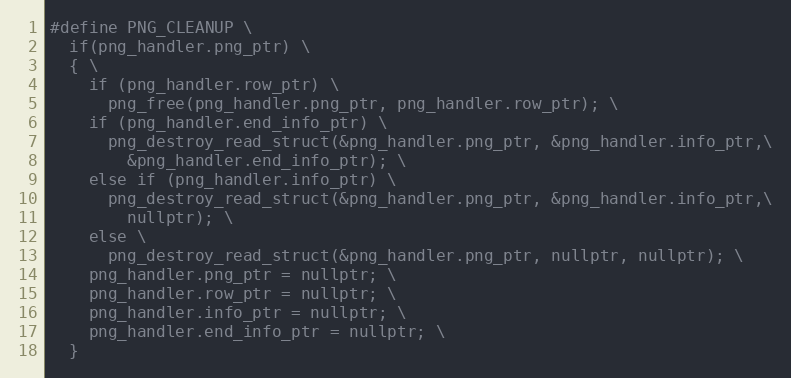
Language: C++
#define PNG_CLEANUP \
  if(png_handler.png_ptr) \
  { \
    if (png_handler.row_ptr) \
      png_free(png_handler.png_ptr, png_handler.row_ptr); \
    if (png_handler.end_info_ptr) \
      png_destroy_read_struct(&png_handler.png_ptr, &png_handler.info_ptr,\
        &png_handler.end_info_ptr); \
    else if (png_handler.info_ptr) \
      png_destroy_read_struct(&png_handler.png_ptr, &png_handler.info_ptr,\
        nullptr); \
    else \
      png_destroy_read_struct(&png_handler.png_ptr, nullptr, nullptr); \
    png_handler.png_ptr = nullptr; \
    png_handler.row_ptr = nullptr; \
    png_handler.info_ptr = nullptr; \
    png_handler.end_info_ptr = nullptr; \
  }